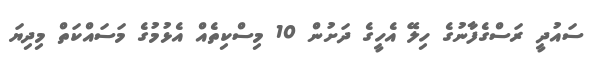
ސައުދީ ރަސްގެފާނުގެ ހިލޭ އެހީގެ ދަށުން 10 މިސްކިތެއް އެޅުމުގެ މަސައްކަތް މިދިޔަ